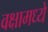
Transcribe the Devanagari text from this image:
वक्षामध्ये